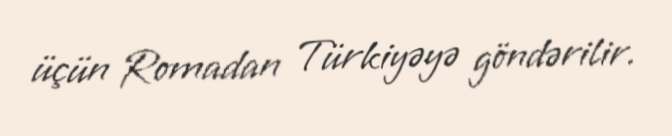
üçün Romadan Türkiyəyə göndərilir.